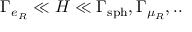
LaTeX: \Gamma _ { e _ { R } } \ll H \ll \Gamma _ { \mathrm { s p h } } , \Gamma _ { \mu _ { R } } , . .